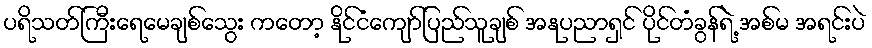
ပရိသတ်ကြီးရေမေချစ်သွေး ကတော့ နိုင်ငံကျော်ပြည်သူချစ် အနုပညာရှင် ပိုင်တံခွန်ရဲ့ အစ်မ အရင်းပဲ